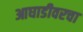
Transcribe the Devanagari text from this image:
आघाडीवरचा